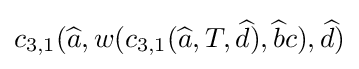
c_{3,1}({\widehat {a}},w(c_{3,1}({\widehat {a}},T,{\widehat {d}}),{\widehat {b}}c),{\widehat {d}})